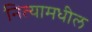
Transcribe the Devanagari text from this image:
नित्यामधील